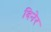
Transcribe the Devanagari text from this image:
दिनेर